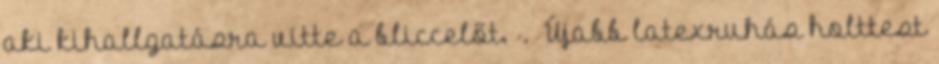
aki kihallgatásra vitte a bliccelőt. . Újabb latexruhás holttest